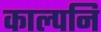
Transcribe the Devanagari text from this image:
काल्पनि